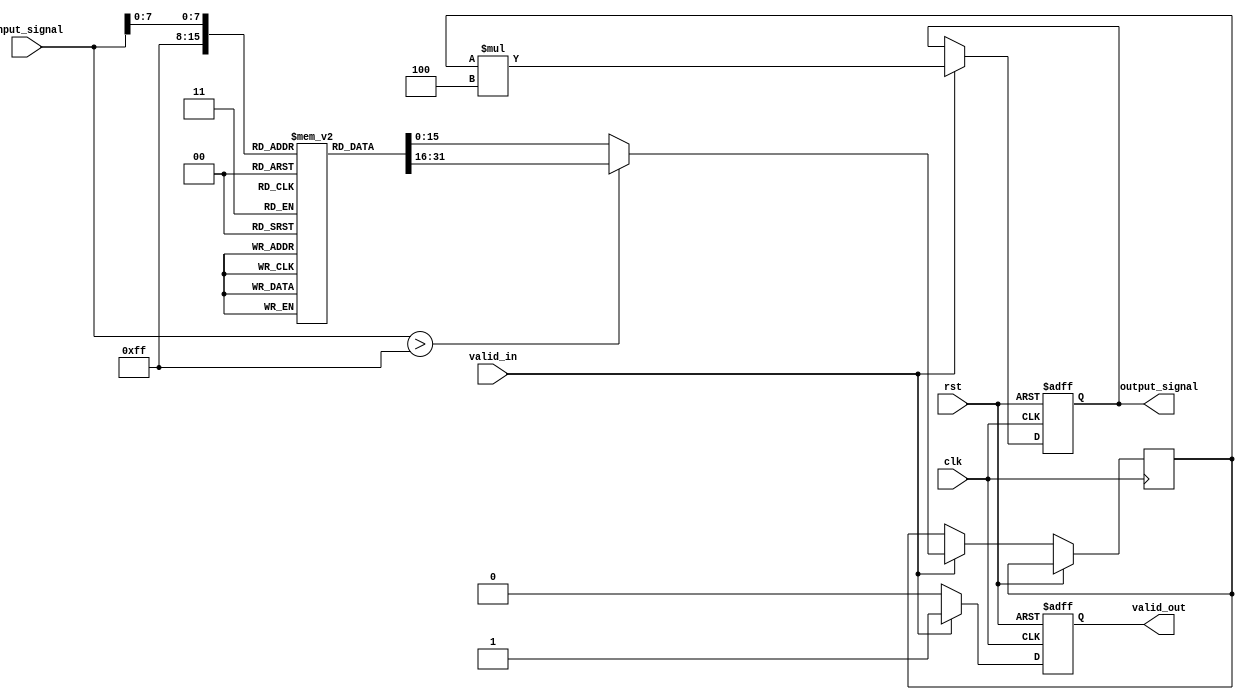
module LogarithmicFilter #(
    parameter INPUT_WIDTH = 16,  // Width of input signal
    parameter OUTPUT_WIDTH = 16, // Width of output signal
    parameter SCALING_FACTOR = 4  // Scaling factor (adjust as needed)
)(
    input wire clk,
    input wire rst,
    input wire [INPUT_WIDTH-1:0] input_signal,
    input wire valid_in,
    output reg [OUTPUT_WIDTH-1:0] output_signal,
    output reg valid_out
);

    // Lookup table for logarithmic values (example values, customize as needed)
    reg [OUTPUT_WIDTH-1:0] log_table [0:255];

    // Initialize the lookup table
    initial begin
        // Fill the log_table with precomputed values
        // This is a simplified example, you may want to use a more accurate logarithmic function.
        log_table[0] = 0; // log(0) is undefined, handle accordingly
        log_table[1] = 0; // log(1) = 0
        // Fill the rest of the table...
        // Example: log_table[i] = log(i) for i = 2 to 255
        // (Use appropriate logarithmic functions for real implementations)
    end

    // Internal signal for the logarithmic output
    reg [OUTPUT_WIDTH-1:0] log_output;

    // Logarithmic calculation and scaling
    always @(posedge clk or posedge rst) begin
        if (rst) begin
            output_signal <= 0;
            valid_out <= 0;
        end else if (valid_in) begin
            if (input_signal > 255) begin
                log_output <= log_table[255]; // Handle values larger than table
            end else begin
                log_output <= log_table[input_signal]; // Lookup logarithmic value
            end
            
            // Apply scaling
            output_signal <= log_output * SCALING_FACTOR;
            valid_out <= 1; // Indicate valid output
        end else begin
            valid_out <= 0; // No valid output if input is not valid
        end
    end

endmodule